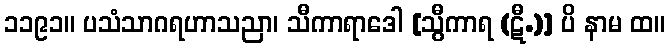
၁၁၉၁။ ပသံသာဂရဟာသညာ၊ သီကာရာဒေါ [သွီကာရ (ဋီ.)] ပိ နာမ ထ။